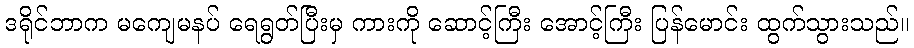
ဒရိုင်ဘာက မကျေမနပ် ရေရွတ်ပြီးမှ ကားကို ဆောင့်ကြီး အောင့်ကြီး ပြန်မောင်း ထွက်သွားသည်။